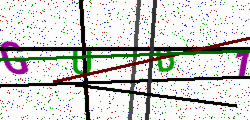
Text: GUD1